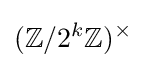
(\mathbb {Z} /{2^{k}}\mathbb {Z} )^{\times }